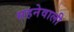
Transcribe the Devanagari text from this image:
सहनेवाली